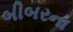
બીબરના